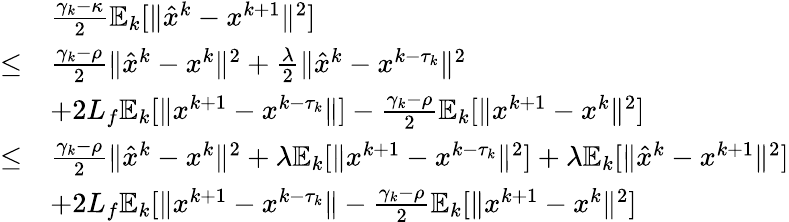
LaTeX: \begin{array}{rl}&{\frac{\gamma_{k}-\kappa}{2}\mathbb{E}_{k}[\| \hat{x}^{k}-x^{k+1}\| ^{2}]}\\ {\leq}&{\frac{\gamma_{k}-\rho}{2}\| \hat{x}^{k}-x^{k}\| ^{2}+\frac{\lambda}{2}\| \hat{x}^{k}-x^{k-\tau_{k}}\| ^{2}}\\ &{+2L_{f}\mathbb{E}_{k}[\| x^{k+1}-x^{k-\tau_{k}}\| ]-\frac{\gamma_{k}-\rho}{2}\mathbb{E}_{k}[\| x^{k+1}-x^{k}\| ^{2}]}\\ {\leq}&{\frac{\gamma_{k}-\rho}{2}\| \hat{x}^{k}-x^{k}\| ^{2}+\lambda\mathbb{E}_{k}[\| x^{k+1}-x^{k-\tau_{k}}\| ^{2}]+\lambda\mathbb{E}_{k}[\| \hat{x}^{k}-x^{k+1}\| ^{2}]}\\ &{+2L_{f}\mathbb{E}_{k}[\| x^{k+1}-x^{k-\tau_{k}}\| -\frac{\gamma_{k}-\rho}{2}\mathbb{E}_{k}[\| x^{k+1}-x^{k}\| ^{2}]}\end{array}